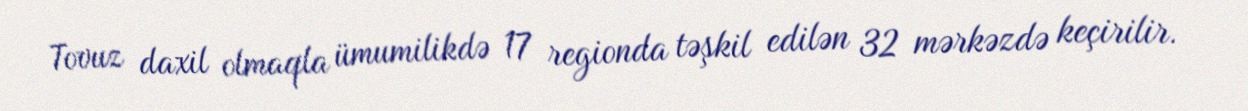
Tovuz daxil olmaqla ümumilikdə 17 regionda təşkil edilən 32 mərkəzdə keçirilir.